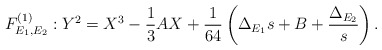
\begin{align*} F^{(1)}_{E_1, E_2} : Y^2 = X^3 - \frac{1}{3} AX +\frac{1}{64}\left( \Delta_{E_1} s + B + \frac{\Delta_{E_2}}{s}\right).\end{align*}